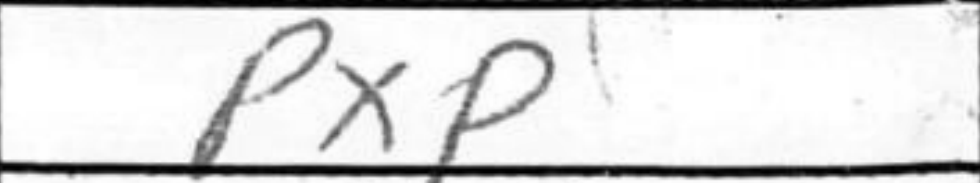
Transcription: PxP